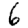
Digit: 6